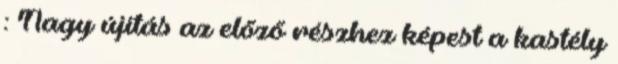
: Nagy újítás az előző részhez képest a kastély